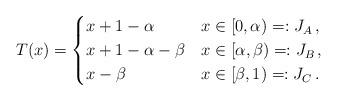
LaTeX: \begin{align*}T(x)=\begin{cases}x+1-\alpha & x\in[0,\alpha)=: J_A\,,\\x+1-\alpha-\beta & x\in[\alpha,\beta)=: J_B\,,\\x-\beta & x\in[\beta,1)=: J_C\,.\end{cases}\end{align*}